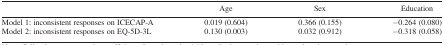
<table><thead><tr><td></td><td><b>Age</b></td><td><b>Sex</b></td><td><b>Education</b></td></tr></thead><tbody><tr><td>Model 1: inconsistent responses on ICECAP-A</td><td>0.019 (0.604)</td><td>0.366 (0.155)</td><td>−0.264 (0.080)</td></tr><tr><td>Model 2: inconsistent responses on EQ-5D-3L</td><td>0.130 (0.003)</td><td>0.032 (0.912)</td><td>−0.318 (0.058)</td></tr></tbody></table>